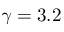
\gamma = 3 . 2